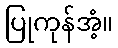
ပြုကုန်အံ့။